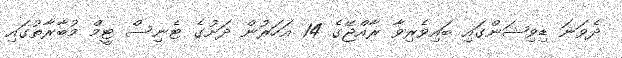
ދެވަނަ ޑިވިޝަންގައި ބައިވެރިވާ ރާއްޖޭގެ 14 އަހަރުން ދަށުގެ ޓެނިސް ޓީމް މުބާރާތުގައި